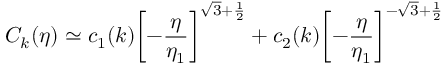
{ \cal C } _ { k } ( \eta ) \simeq c _ { 1 } ( k ) \biggl [ - \frac { \eta } { \eta _ { 1 } } \biggr ] ^ { \sqrt { 3 } + \frac { 1 } { 2 } } + c _ { 2 } ( k ) \biggl [ - \frac { \eta } { \eta _ { 1 } } \biggr ] ^ { - \sqrt { 3 } + \frac { 1 } { 2 } }